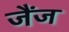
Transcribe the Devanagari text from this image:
जैंज